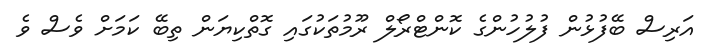
އަރިސް ބޭފުޅުން ފުލުހުންގެ ކޮންޓްރޯލް ރޫމުތަކުގައި ގޮތްކިޔަން ތިބޭ ކަމަށް ވެސް ވެ